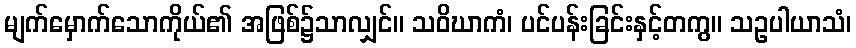
မျက်မှောက်သောကိုယ်၏ အဖြစ်၌သာလျှင်။ သဝိဃာကံ၊ ပင်ပန်းခြင်းနှင့်တကွ။ သဥပါယာသံ၊